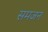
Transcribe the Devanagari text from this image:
समजन